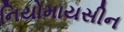
નિયોમાયસીન